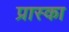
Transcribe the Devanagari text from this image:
प्रास्का